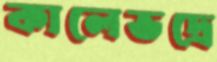
কালেভদ্রে